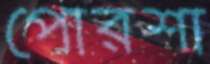
পোরশা